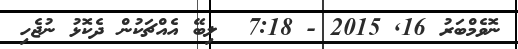
ނޮވެމްބަރު 16